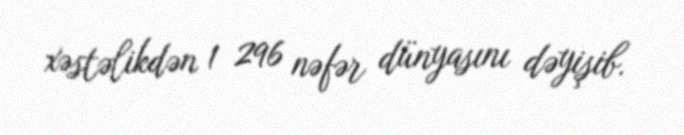
xəstəlikdən 1 296 nəfər dünyasını dəyişib.